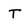
Character: T